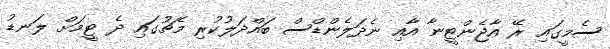
ސެމީގައި ރޭ އާޖެންޓީނާ އާއި ނެދަލެންޑްސް ބައްދަލުކުރި މެޗުގައި ދެ ޓީމަށް ލަނޑު